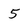
Character: 5